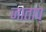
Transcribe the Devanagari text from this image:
जाताप्